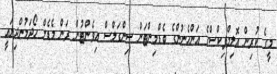
މީގެ ކުރިން އޮލިމްޕިކްސްގެ އަންހެނުންގެ ބެޑްމިންޓަން ސިންގަލްސް އިވެންޓުން ރަން މެޑެލް ހޯދަމުންދިޔައީ